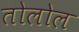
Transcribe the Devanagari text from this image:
तोलोल